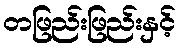
တဖြည်းဖြည်းနှင့်